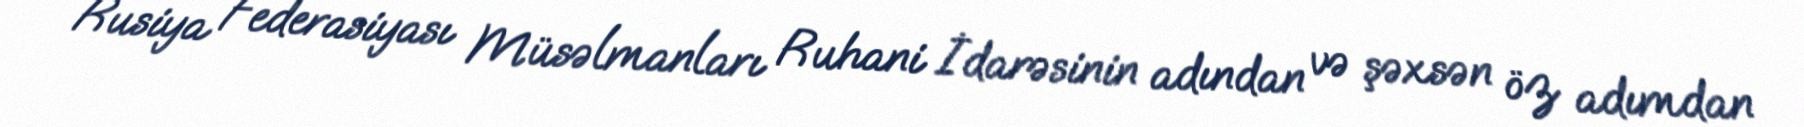
Rusiya Federasiyası Müsəlmanları Ruhani İdarəsinin adından və şəxsən öz adımdan